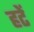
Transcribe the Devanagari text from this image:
हटें